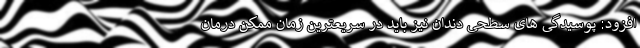
افزود: پوسیدگی های سطحی دندان نیز باید در سریعترین زمان ممکن درمان